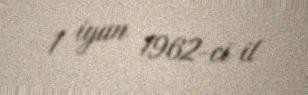
1 iyun 1962-ci il